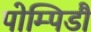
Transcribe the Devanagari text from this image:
पोम्पिडौ